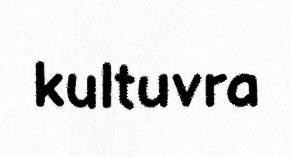
kultuvra